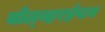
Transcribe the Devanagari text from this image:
वोल्व्हरहँप्टन